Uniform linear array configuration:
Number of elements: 48
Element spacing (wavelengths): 0.75
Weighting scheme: hann
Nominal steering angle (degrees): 45
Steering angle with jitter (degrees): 46.193
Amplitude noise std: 0.05
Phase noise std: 0.05

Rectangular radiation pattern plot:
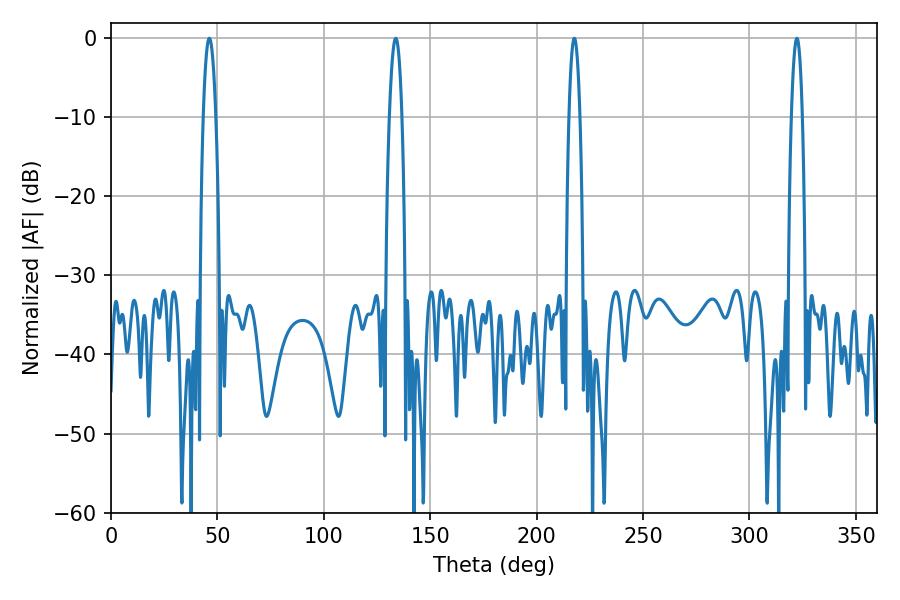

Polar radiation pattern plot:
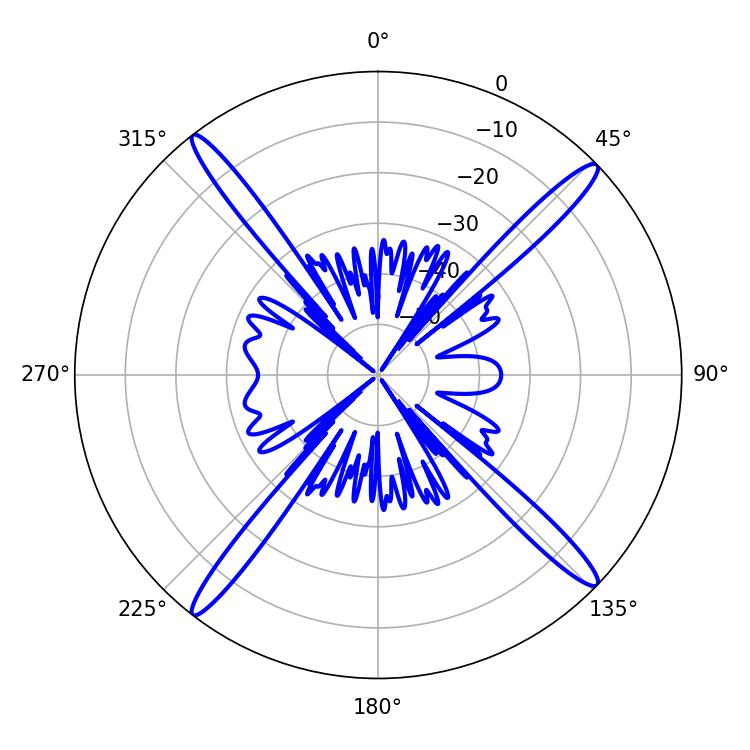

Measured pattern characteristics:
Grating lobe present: TRUE
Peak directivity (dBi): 19.395
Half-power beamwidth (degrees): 3.24
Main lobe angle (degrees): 46.26